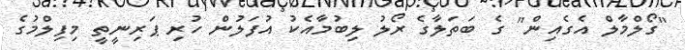
"ގޯލްމާލް އެގެއިން" ގެ ބަތަލާގެ ރޯލު ލިބުމާއެކު އުފަލުން ހުރި ޕަރިނީތީ މިފިލްމުގެ